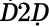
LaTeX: Ḋ2Ḍ